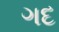
ગદ